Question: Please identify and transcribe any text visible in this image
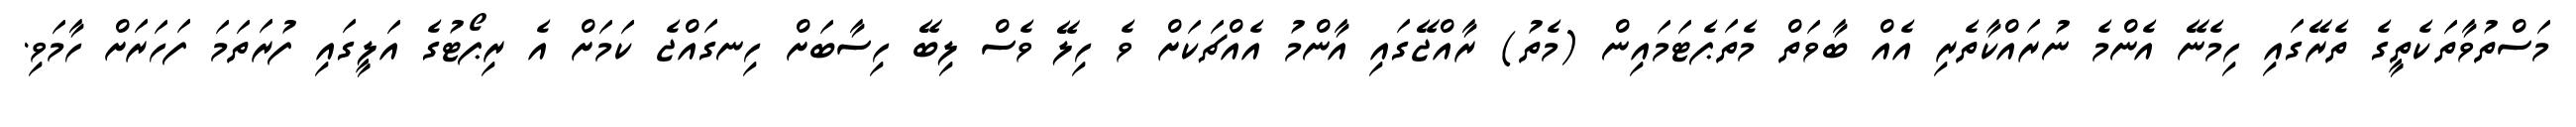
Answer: މަސްތުވާތަކެތީގެ ތެރޭގައި ހިމެނޭ އެންމެ ނުރައްކާތެރި އެއް ބާވަތް މެތަޕެޓަމައިން (މެތު) ރާއްޖޭގައި އާންމު އެއްޗަކަށް ވެ ހިލޭ ވެސް ލިބޭ ހިސާބަށް ހިނގައްޖެ ކަމަށް އެ ރިޕޯޓުގެ އަލީގައި ފުރަތަމަ ފަހަރަށް ހާމަވި.